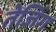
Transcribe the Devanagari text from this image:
तेजिंग